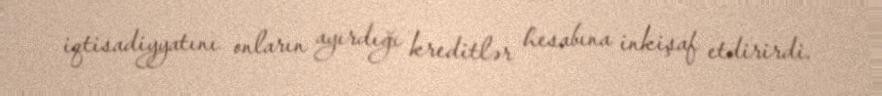
iqtisadiyyatını onların ayırdığı kreditlər hesabına inkişaf etdirirdi.